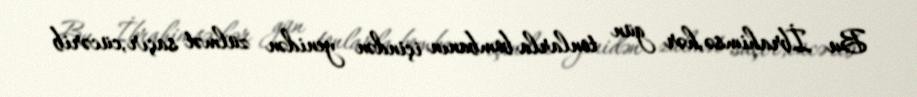
Bu İbrahimsə,hər gün tonlarla bombanın içindən yenidən zülmət saçır,cücərib